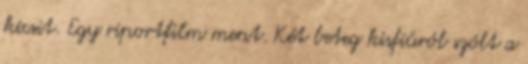
kicsit. Egy riportfilm ment. Két beteg kisfiúról szólt a